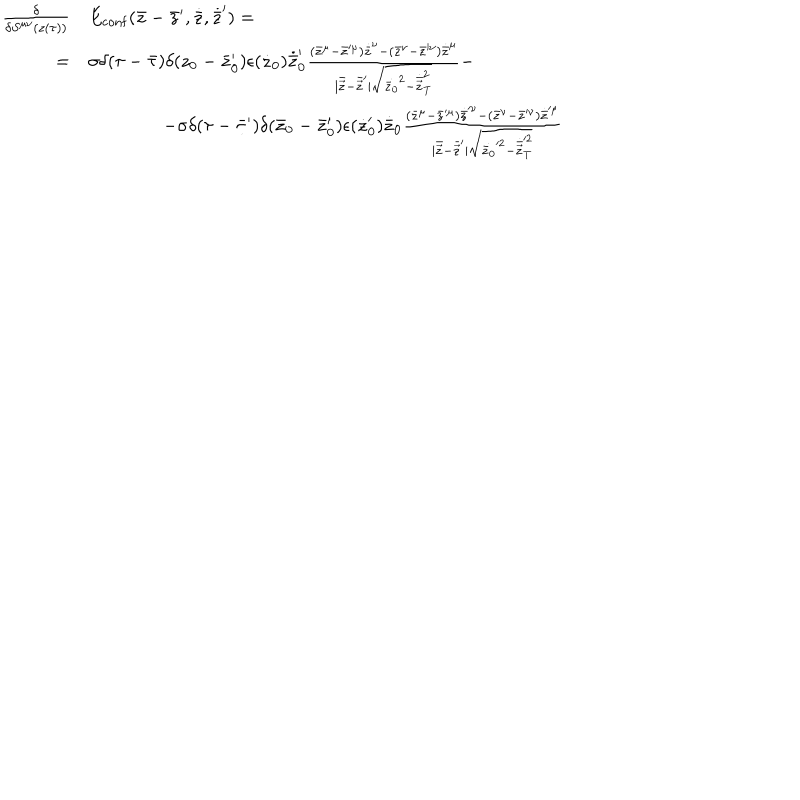
LaTeX: \begin{array} { r l } { { { \frac { \delta } { \delta S ^ { \mu \nu } ( z ( \tau ) ) } } } } & { { E _ { \mathrm { c o n f } } ( \bar { z } - \bar { z } ^ { \prime } , \dot { \bar { z } } , \dot { \bar { z } } ^ { \prime } ) = \nonumber } } \\ { { = } } & { { \sigma \delta ( \tau - \bar { \tau } ) \delta ( z _ { 0 } - \bar { z } _ { 0 } ^ { \prime } ) \epsilon ( \dot { z } _ { 0 } ) \dot { \bar { z } } _ { 0 } ^ { \prime } { \frac { ( \bar { z } ^ { \mu } - \bar { z } ^ { \prime \mu } ) \dot { \bar { z } } ^ { \nu } - ( \bar { z } ^ { \nu } - \bar { z } ^ { \prime \nu } ) \dot { \bar { z } } ^ { \mu } } { | \bar { \vec { z } } - \bar { \vec { z } } ^ { \prime } | \sqrt { \dot { \bar { z } _ { 0 } } ^ { 2 } - \dot { \bar { \vec { z } } } _ { \mathrm { T } } ^ { 2 } } } } - \nonumber } } \\ { { } } & { { \qquad \qquad - \sigma \delta ( \tau - \bar { \tau } ^ { \prime } ) \delta ( \bar { z } _ { 0 } - \bar { z } _ { 0 } ^ { \prime } ) \epsilon ( \dot { z } _ { 0 } ^ { \prime } ) \dot { \bar { z } } _ { 0 } { \frac { ( \bar { z } ^ { \mu } - \bar { z } ^ { \prime \mu } ) \dot { \bar { z } } ^ { \prime \nu } - ( \bar { z } ^ { \nu } - \bar { z } ^ { \prime \nu } ) \dot { \bar { z } } ^ { \prime \mu } } { | \bar { \vec { z } } - \bar { \vec { z } } ^ { \prime } | \sqrt { \dot { \bar { z } _ { 0 } } ^ { \prime 2 } - \dot { \bar { \vec { z } } } _ { \mathrm { T } } ^ { \prime 2 } } } } } } \\ \end{array}